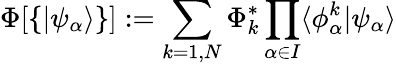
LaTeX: \Phi[\{ \vert\psi_{\alpha}\rangle\} ]:=\sum_{k=1,N}\Phi_{k}^{*}\prod_{\alpha\in I}\langle\phi_{\alpha}^{k}\vert\psi_{\alpha}\rangle